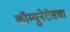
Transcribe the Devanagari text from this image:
कॉम्युनेरोसचा